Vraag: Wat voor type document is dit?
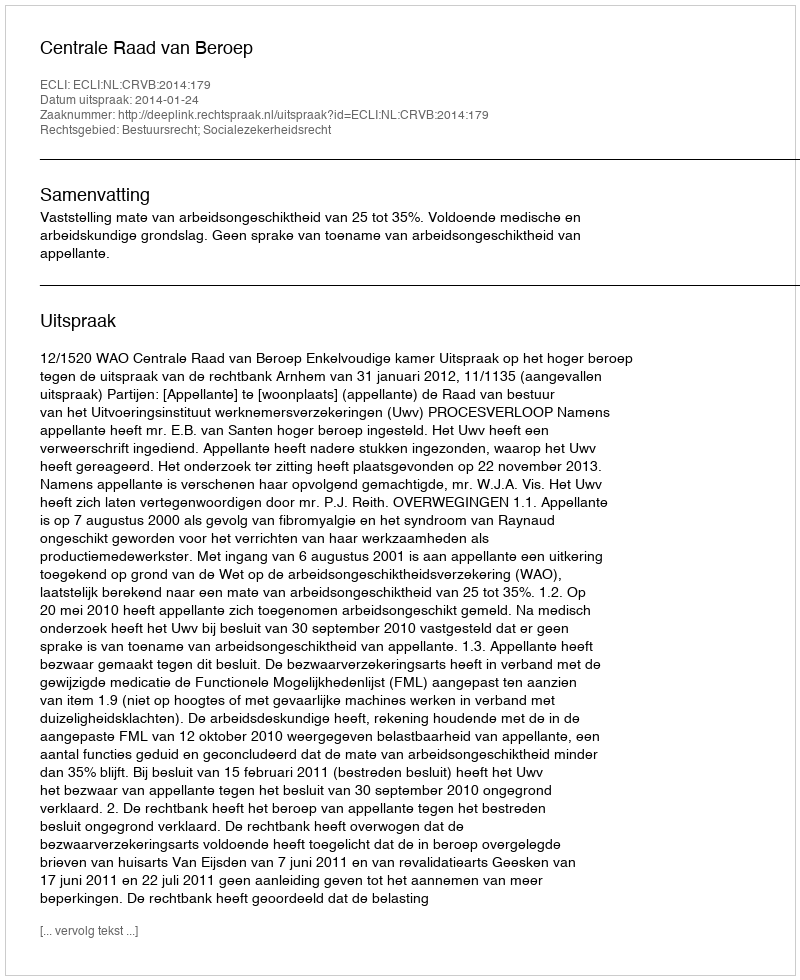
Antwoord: Uitspraak